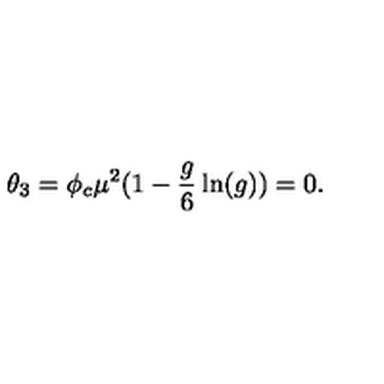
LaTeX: \theta _ { 3 } = \phi _ { c } \mu ^ { 2 } ( 1 - { \frac { g } { 6 } } \ln ( g ) ) = 0 .